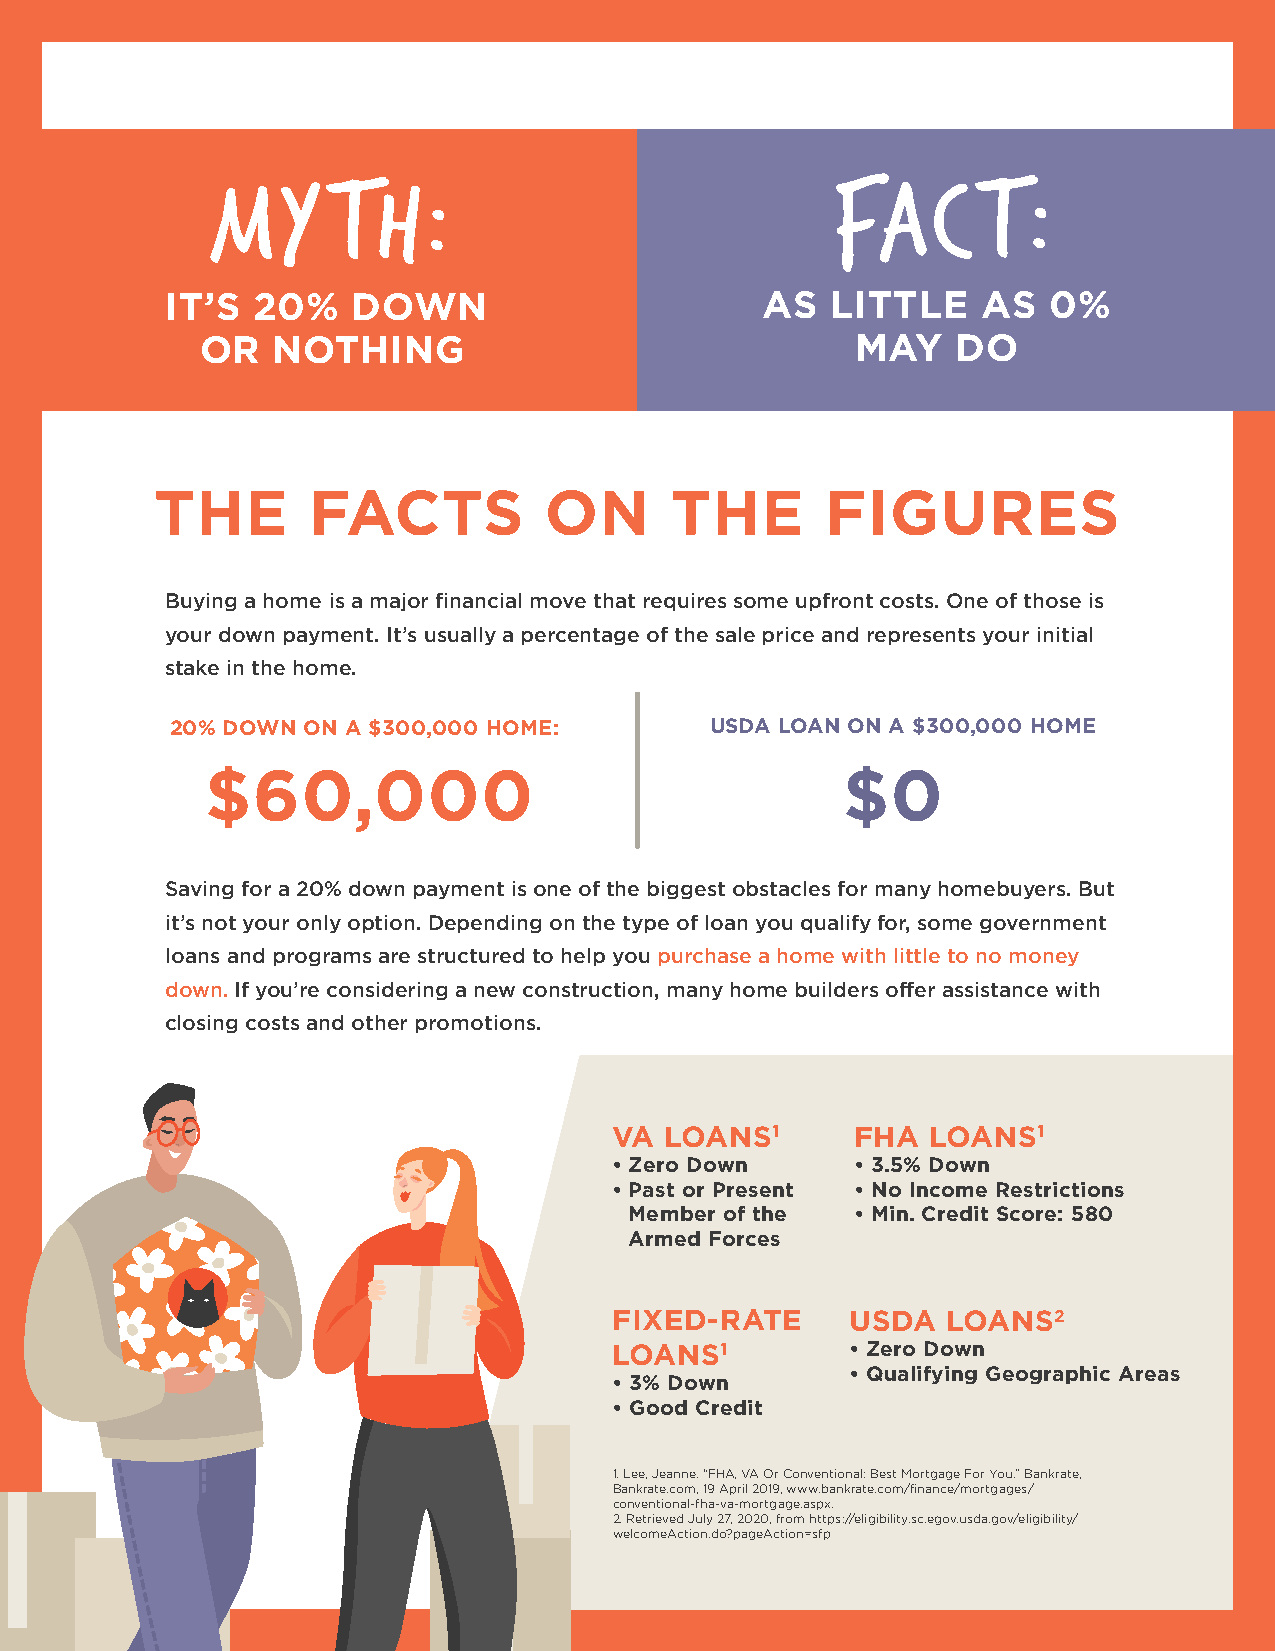
MY      TH:                              FA�T:
 IT’S  20%   DOWN                       AS   LITTLE    AS  0%
 OR   NOTHING                                MAY   DO
 THE       FACTS           ON      THE        FIGURES
 Buying a home is a major financial move that requires some upfront costs. One of those is
 your down payment. It’s usually a percentage of the sale price and represents your initial
 stake in the home.
 20% DOWN ON A $300,000 HOME:        USDA LOAN ON A $300,000 HOME
 $60,000                                   $0
 Saving for a 20% down payment is one of the biggest obstacles for many homebuyers. But
 it’s not your only option. Depending on the type of loan you qualify for, some government
 loans and programs are structured to help you purchase a home with little to no money
 down. If you’re considering a new construction, many home builders offer assistance with
 closing costs and other promotions.
 VA LOANS1       FHA  LOANS1
 • Zero Down     • 3.5% Down
 • Past or Present • No Income Restrictions
 Member of the  • Min. Credit Score: 580
 Armed Forces
 FIXED-RATE     USDA   LOANS2
 LOANS1         • Zero Down
 • Qualifying Geographic Areas
 • 3% Down
 • Good Credit
 1. Lee, Jeanne. “FHA, VA Or Conventional: Best Mortgage For You.” Bankrate,
 Bankrate.com, 19 April 2019, www.bankrate.com/finance/mortgages/
 conventional-fha-va-mortgage.aspx.
 2. Retrieved July 27, 2020, from https://eligibility.sc.egov.usda.gov/eligibility/
 welcomeAction.do?pageAction=sfp